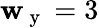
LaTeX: \mathbf{w}_{\mathrm{{~y~}}}=3